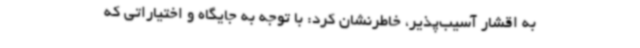
به اقشار آسیب‌پذیر، خاطرنشان کرد: با توجه به جایگاه و اختیاراتی که